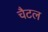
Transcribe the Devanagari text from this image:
चैटल